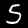
Label: 5